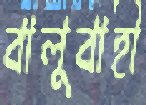
বালুবাহী